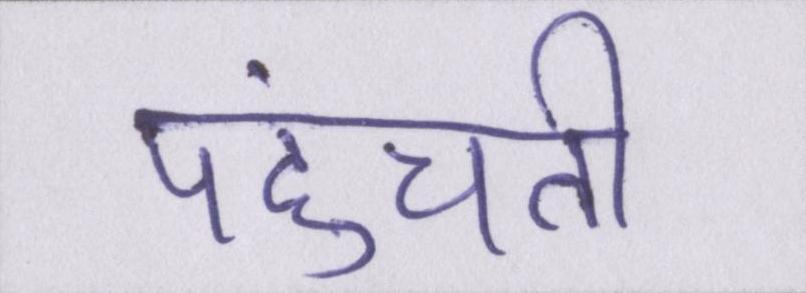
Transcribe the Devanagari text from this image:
पहुंचती